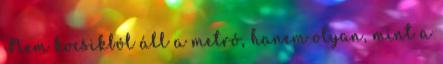
Nem kocsikból áll a metró, hanem olyan, mint a